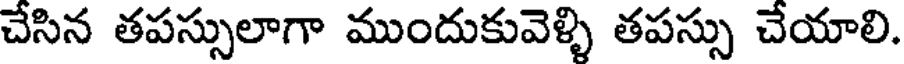
చేసిన తపస్సులాగా ముందుకువెళ్ళి తపస్సు చేయాలి.